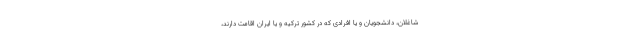
شاغلان، دانشجویان و یا افرادی که در کشور ترکیه و یا ایران اقامت دارند،